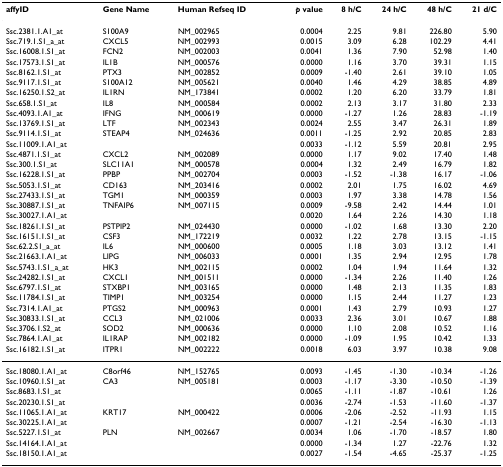
<table><thead><tr><td><b>affyID</b></td><td><b>Gene Name</b></td><td><b>Human Refseq ID</b></td><td><b><i>p </i>value</b></td><td><b>8 h/C</b></td><td><b>24 h/C</b></td><td><b>48 h/C</b></td><td><b>21 d/C</b></td></tr></thead><tbody><tr><td>Ssc.2381.1.A1_at</td><td>S100A9</td><td>NM_002965</td><td>0.0004</td><td>2.25</td><td>9.81</td><td>226.80</td><td>5.90</td></tr><tr><td>Ssc.719.1.S1_a_at</td><td>CXCL5</td><td>NM_002993</td><td>0.0015</td><td>3.09</td><td>6.28</td><td>102.29</td><td>4.41</td></tr><tr><td>Ssc.16008.1.S1_at</td><td>FCN2</td><td>NM_002003</td><td>0.0041</td><td>1.36</td><td>7.90</td><td>52.98</td><td>1.40</td></tr><tr><td>Ssc.17573.1.S1_at</td><td>IL1B</td><td>NM_000576</td><td>0.0000</td><td>1.16</td><td>3.70</td><td>39.31</td><td>1.15</td></tr><tr><td>Ssc.8162.1.S1_at</td><td>PTX3</td><td>NM_002852</td><td>0.0009</td><td>-1.40</td><td>2.61</td><td>39.10</td><td>1.05</td></tr><tr><td>Ssc.9117.1.S1_at</td><td>S100A12</td><td>NM_005621</td><td>0.0040</td><td>1.46</td><td>4.29</td><td>38.85</td><td>4.89</td></tr><tr><td>Ssc.16250.1.S2_at</td><td>IL1RN</td><td>NM_173841</td><td>0.0002</td><td>1.20</td><td>6.20</td><td>33.79</td><td>1.81</td></tr><tr><td>Ssc.658.1.S1_at</td><td>IL8</td><td>NM_000584</td><td>0.0002</td><td>2.13</td><td>3.17</td><td>31.80</td><td>2.33</td></tr><tr><td>Ssc.4093.1.A1_at</td><td>IFNG</td><td>NM_000619</td><td>0.0000</td><td>-1.27</td><td>1.26</td><td>28.83</td><td>-1.19</td></tr><tr><td>Ssc.13769.1.S1_at</td><td>LTF</td><td>NM_002343</td><td>0.0024</td><td>2.55</td><td>3.47</td><td>26.31</td><td>1.89</td></tr><tr><td>Ssc.9114.1.S1_at</td><td>STEAP4</td><td>NM_024636</td><td>0.0011</td><td>-1.25</td><td>2.92</td><td>20.85</td><td>2.83</td></tr><tr><td>Ssc.11009.1.A1_at</td><td></td><td></td><td>0.0033</td><td>-1.12</td><td>5.59</td><td>20.81</td><td>2.95</td></tr><tr><td>Ssc.4871.1.S1_at</td><td>CXCL2</td><td>NM_002089</td><td>0.0000</td><td>1.17</td><td>9.02</td><td>17.40</td><td>1.48</td></tr><tr><td>Ssc.300.1.S1_at</td><td>SLC11A1</td><td>NM_000578</td><td>0.0004</td><td>1.32</td><td>2.49</td><td>16.79</td><td>1.82</td></tr><tr><td>Ssc.16228.1.S1_at</td><td>PPBP</td><td>NM_002704</td><td>0.0003</td><td>-1.52</td><td>-1.38</td><td>16.17</td><td>-1.06</td></tr><tr><td>Ssc.5053.1.S1_at</td><td>CD163</td><td>NM_203416</td><td>0.0002</td><td>2.01</td><td>1.75</td><td>16.02</td><td>4.69</td></tr><tr><td>Ssc.27433.1.S1_at</td><td>TGM1</td><td>NM_000359</td><td>0.0003</td><td>1.97</td><td>3.38</td><td>14.78</td><td>1.56</td></tr><tr><td>Ssc.30887.1.S1_at</td><td>TNFAIP6</td><td>NM_007115</td><td>0.0009</td><td>-9.58</td><td>2.42</td><td>14.44</td><td>1.01</td></tr><tr><td>Ssc.30027.1.A1_at</td><td></td><td></td><td>0.0020</td><td>1.64</td><td>2.26</td><td>14.30</td><td>1.18</td></tr><tr><td>Ssc.18261.1.S1_at</td><td>PSTPIP2</td><td>NM_024430</td><td>0.0000</td><td>-1.02</td><td>1.68</td><td>13.30</td><td>2.20</td></tr><tr><td>Ssc.16151.1.S1_at</td><td>CSF3</td><td>NM_172219</td><td>0.0032</td><td>1.22</td><td>2.78</td><td>13.15</td><td>-1.15</td></tr><tr><td>Ssc.62.2.S1_a_at</td><td>IL6</td><td>NM_000600</td><td>0.0005</td><td>1.18</td><td>3.03</td><td>13.12</td><td>1.41</td></tr><tr><td>Ssc.21663.1.A1_at</td><td>LIPG</td><td>NM_006033</td><td>0.0001</td><td>1.35</td><td>2.94</td><td>12.95</td><td>1.78</td></tr><tr><td>Ssc.5743.1.S1_a_at</td><td>HK3</td><td>NM_002115</td><td>0.0002</td><td>1.04</td><td>1.94</td><td>11.64</td><td>1.32</td></tr><tr><td>Ssc.24282.1.S1_at</td><td>CXCL1</td><td>NM_001511</td><td>0.0000</td><td>-1.34</td><td>2.26</td><td>11.40</td><td>1.26</td></tr><tr><td>Ssc.6797.1.S1_at</td><td>STXBP1</td><td>NM_003165</td><td>0.0000</td><td>1.48</td><td>2.13</td><td>11.35</td><td>1.83</td></tr><tr><td>Ssc.11784.1.S1_at</td><td>TIMP1</td><td>NM_003254</td><td>0.0000</td><td>1.15</td><td>2.44</td><td>11.27</td><td>1.23</td></tr><tr><td>Ssc.7314.1.A1_at</td><td>PTGS2</td><td>NM_000963</td><td>0.0001</td><td>1.43</td><td>2.79</td><td>10.93</td><td>1.27</td></tr><tr><td>Ssc.30833.1.S1_at</td><td>CCL3</td><td>NM_021006</td><td>0.0033</td><td>2.36</td><td>3.01</td><td>10.67</td><td>1.88</td></tr><tr><td>Ssc.3706.1.S2_at</td><td>SOD2</td><td>NM_000636</td><td>0.0000</td><td>1.10</td><td>2.08</td><td>10.52</td><td>1.16</td></tr><tr><td>Ssc.7864.1.A1_at</td><td>IL1RAP</td><td>NM_002182</td><td>0.0000</td><td>-1.09</td><td>1.95</td><td>10.42</td><td>1.33</td></tr><tr><td>Ssc.16182.1.S1_at</td><td>ITPR1</td><td>NM_002222</td><td>0.0018</td><td>6.03</td><td>3.97</td><td>10.38</td><td>9.08</td></tr><tr><td>Ssc.18080.1.A1_at</td><td>C8orf46</td><td>NM_152765</td><td>0.0093</td><td>-1.45</td><td>-1.30</td><td>-10.34</td><td>-1.26</td></tr><tr><td>Ssc.10960.1.S1_at</td><td>CA3</td><td>NM_005181</td><td>0.0003</td><td>-1.17</td><td>-3.30</td><td>-10.50</td><td>-1.39</td></tr><tr><td>Ssc.8683.1.S1_at</td><td></td><td></td><td>0.0065</td><td>-1.11</td><td>-1.87</td><td>-10.61</td><td>1.26</td></tr><tr><td>Ssc.20230.1.S1_at</td><td></td><td></td><td>0.0036</td><td>-2.74</td><td>-1.53</td><td>-11.60</td><td>-1.37</td></tr><tr><td>Ssc.11065.1.A1_at</td><td>KRT17</td><td>NM_000422</td><td>0.0006</td><td>-2.06</td><td>-2.52</td><td>-11.93</td><td>1.15</td></tr><tr><td>Ssc.30225.1.A1_at</td><td></td><td></td><td>0.0007</td><td>-1.21</td><td>-2.54</td><td>-16.30</td><td>-1.13</td></tr><tr><td>Ssc.5227.1.S1_at</td><td>PLN</td><td>NM_002667</td><td>0.0034</td><td>1.06</td><td>-1.70</td><td>-18.57</td><td>1.80</td></tr><tr><td>Ssc.14164.1.A1_at</td><td></td><td></td><td>0.0000</td><td>-1.34</td><td>1.27</td><td>-22.76</td><td>1.32</td></tr><tr><td>Ssc.18150.1.A1_at</td><td></td><td></td><td>0.0027</td><td>-1.54</td><td>-4.65</td><td>-25.37</td><td>-1.25</td></tr></tbody></table>